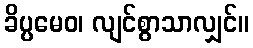
ခိပ္ပမေဝ၊ လျင်စွာသာလျှင်။